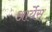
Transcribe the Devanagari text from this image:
आर्येस्